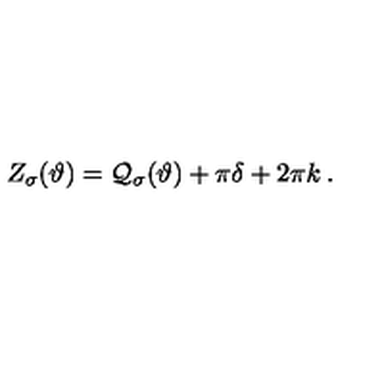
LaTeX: Z _ { \sigma } ( \vartheta ) = { \cal Q } _ { \sigma } ( \vartheta ) + \pi \delta + 2 \pi k \: .